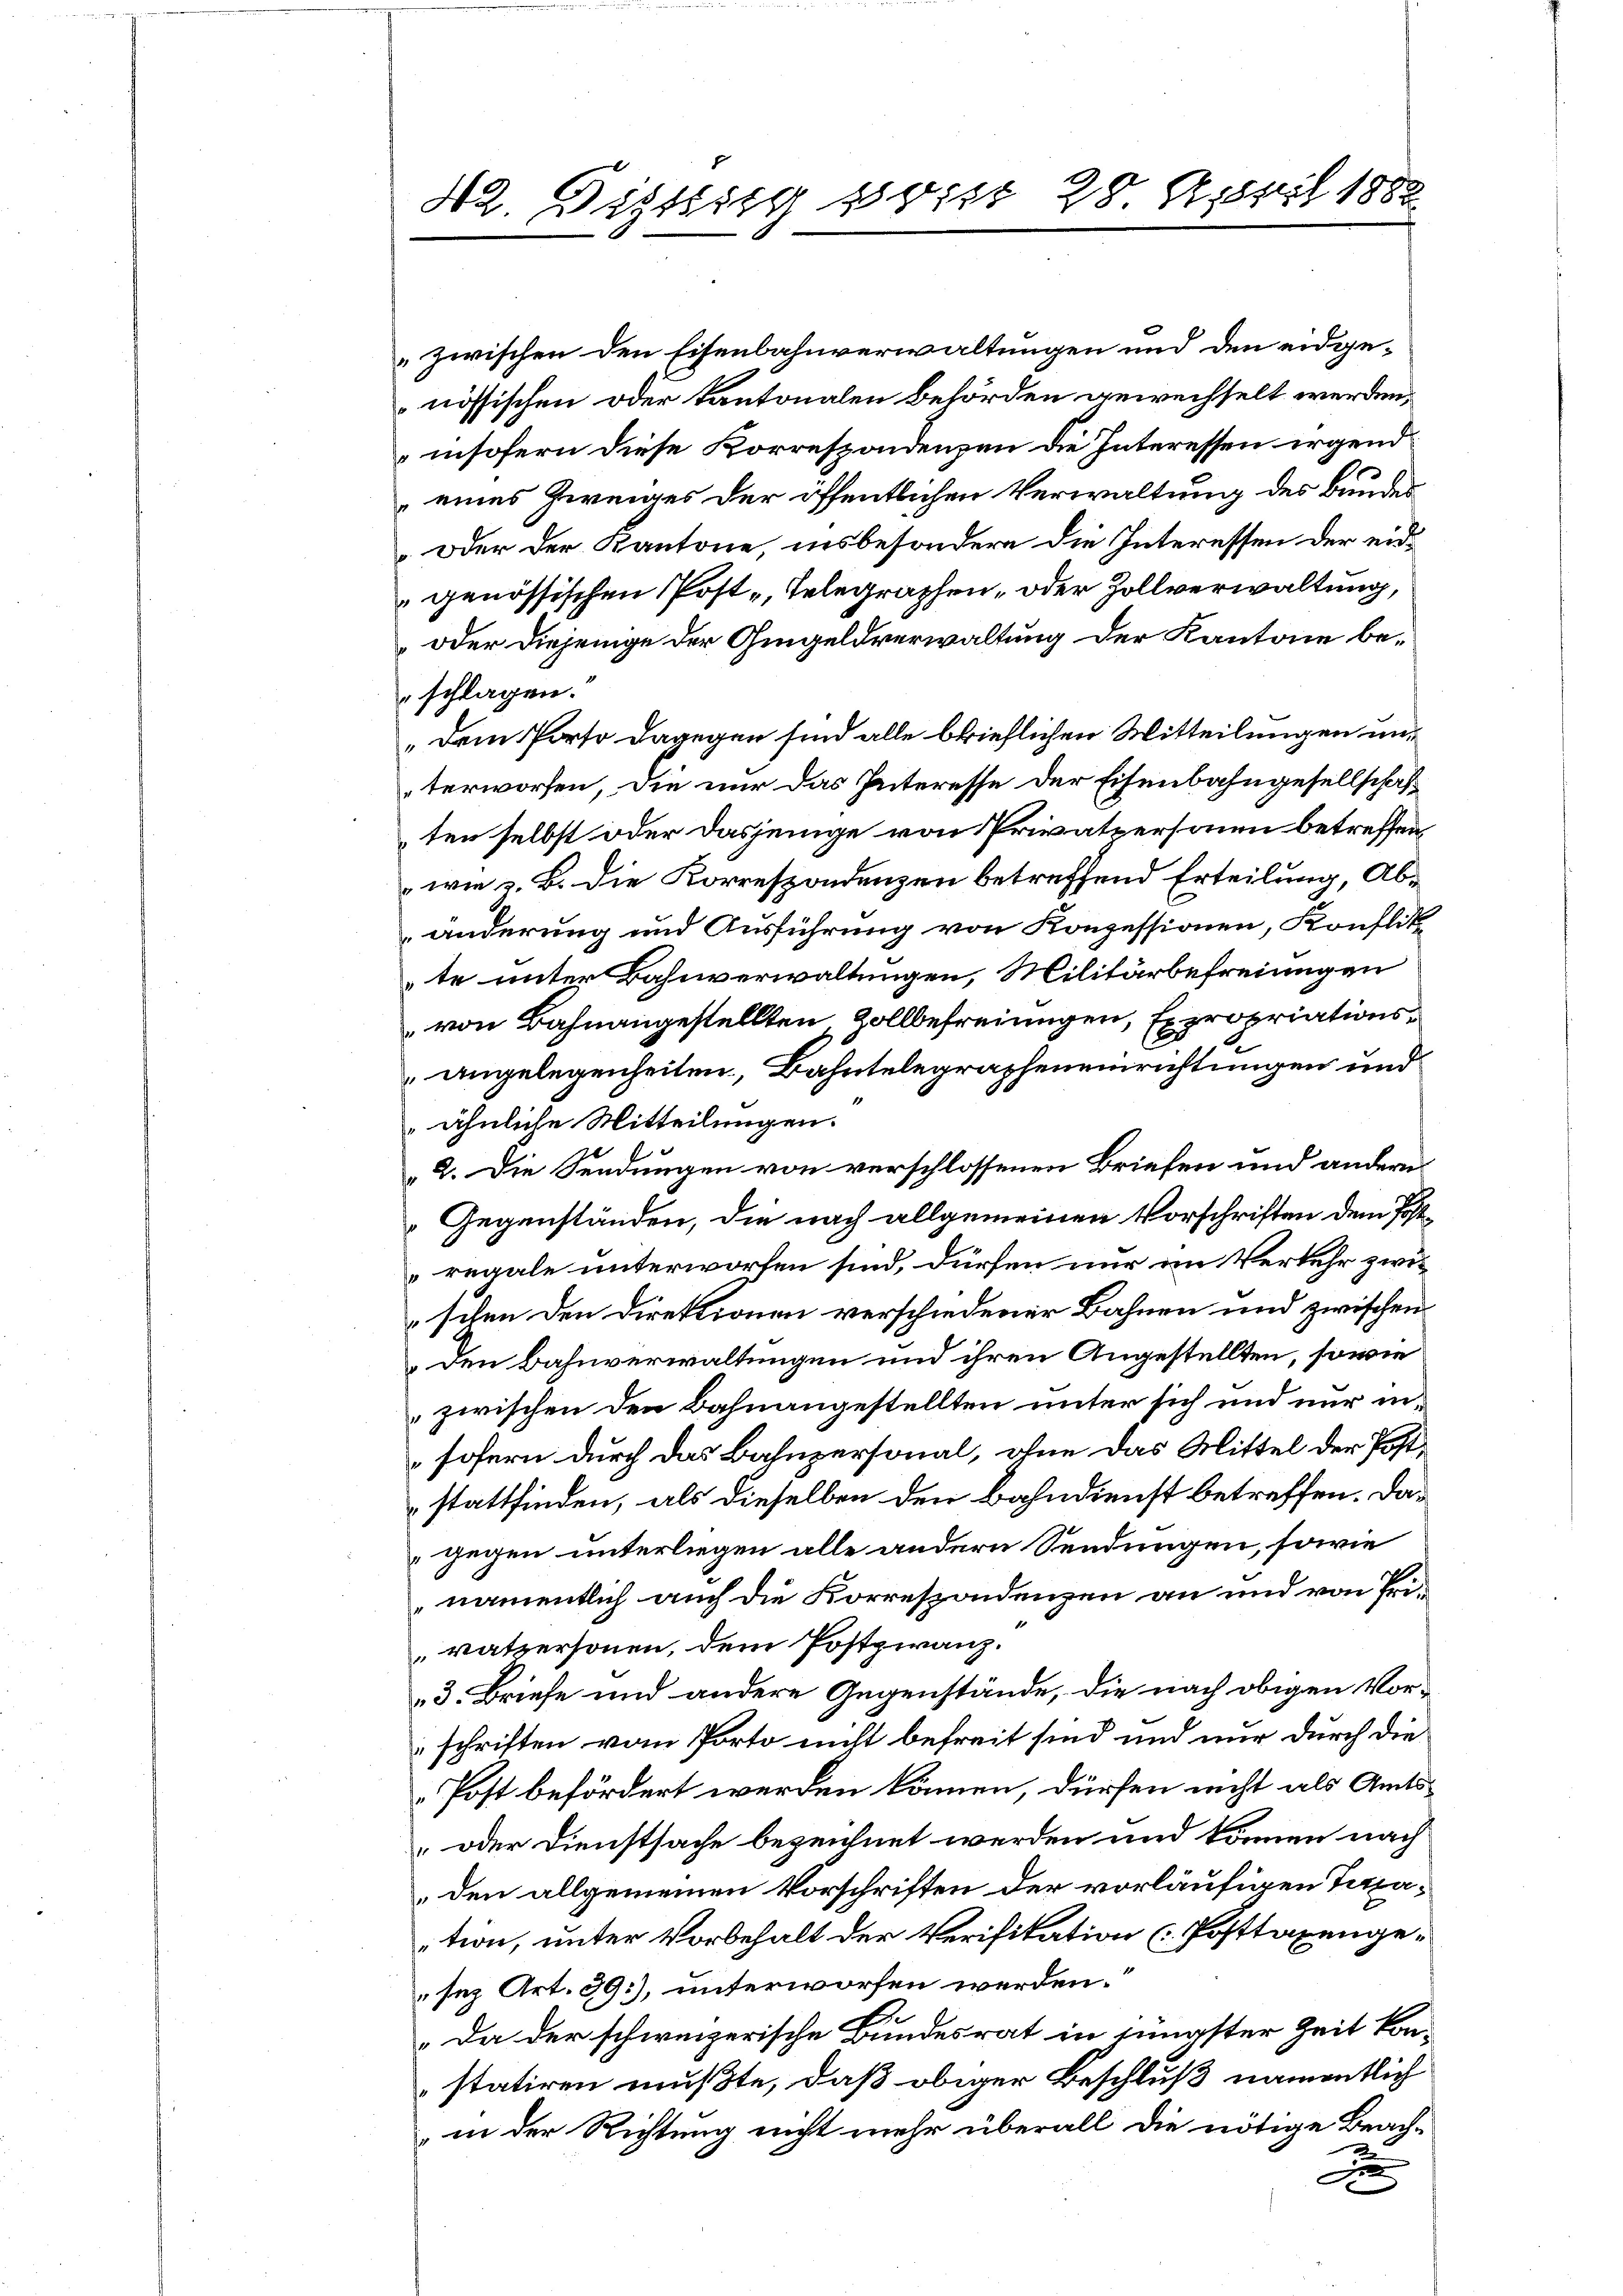
42. Distig so ist 28 April 1882

zwischen den Eisenbahnverwaltungen und den eidgenössischen oder kantonalen Behörden gewechselt werden,
insofern diese Korrespondenzen die Interessen irgend
eines Zweiges der öffentlichen Verwaltung des Bundes
oder der Kantone, insbesondere die Interessen der eidgenössischen Post-, Telegraphen, oder Zollverwaltung,
oder diejenige der Ohmgeldverwaltung der Kantone beschlagen.
„dem Porto dagegen sind alle brieflichen Mitteilungen unterworfen, die nur das Interesse der Eisenbahngesellschaften selbst oder dasjenige von Privatpersonen betreffen
wie z. B. die Korrespondenzen betreffend Erteilung, Abänderung und Ausführung von Konzessionen, Konflik
te unter Bahnverwaltungen, Militärbefreiungen
von Bahnangestellten Zollbefreiungen, Expropriationsangelegenheiten, Bähntelegrapheneinrichtungen und
ähnliche Mitteilungen.
2. Die Sendungen von verschlossenen Briefen und andern
Gegenständen, die nach allgemeinen Vorschriften dem Postregale unterworfen sind, dürfen nur im Verkehr zwi
schen den Direktionen verschiedener Bahnen und zwischen
Den Bahnverwaltungen und ihren Angestellten, sowie
zwischen den Bahnangestellten unter sich und nur insofern durch das Bahnpersonal, ohne das Mittel der Poststattfinden, als dieselben den Bahndienst betreffen. Das
gegen unterliegen alle andern Sendungen, sowie
namentlich auch die Korrespondenzen an und von Privatpersonen, dem Postzwanz.
3. Briefe und andere Gegenstände, die nach obigen Vorschriften vom Porto nicht befreit sind und nur durch die
Post befördert werden können, dürfen nicht als Amts¬
oder Dienstsache bezeichnet werden und können nach
den allgemeinen Vorschriften der vorläufigen Taxation, unter Vorbehalt der Verifikation (Posttaxenge-
sez Art. 39.), unterworfen werden.“
„Da der schweizerische Bundesrat in jüngster Zeit kon-
statiren mußte, daß obiger Beschluß namentlich
in der Richtung nicht mehr überall die nötige Beach-
2
x